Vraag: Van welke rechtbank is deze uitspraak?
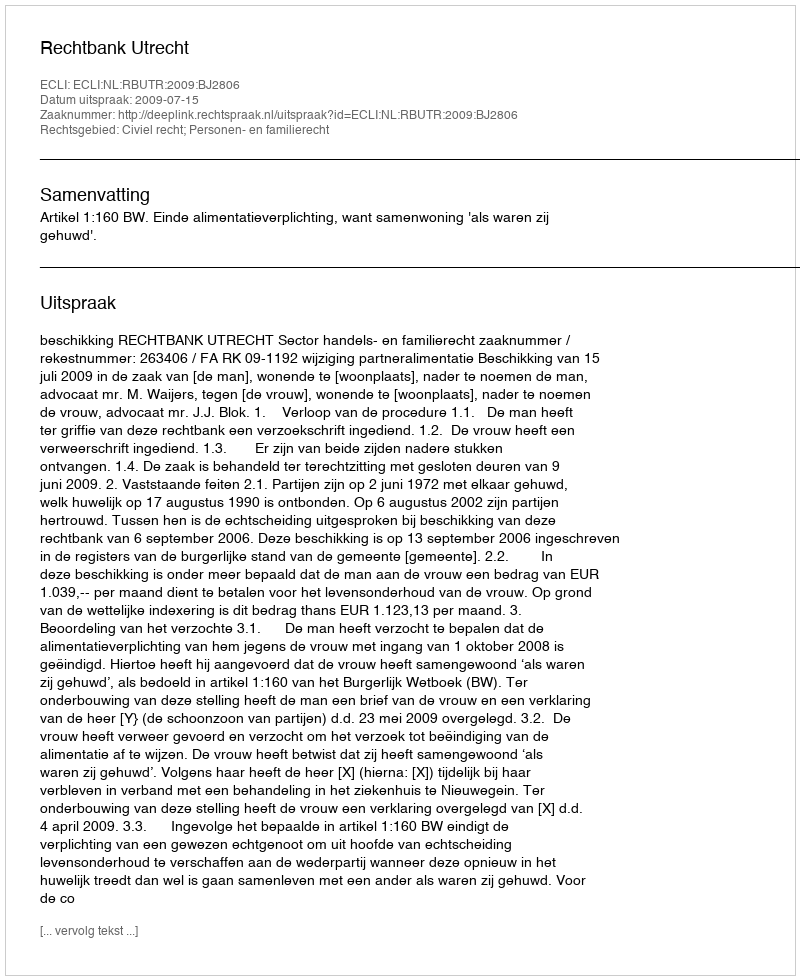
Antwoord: Rechtbank Utrecht